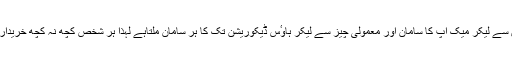
مری روڈ پر ہر قسم کے کپڑوں سے لیکر میک اپ کا سامان اور معمولی چیز سے لیکر ہاوٴس ڈیکوریشن تک کا ہر سامان ملتاہے لہذا ہر شخص کچھ نہ کچھ خریداری کرتا مال روڈ پرمل جاتا ہے۔